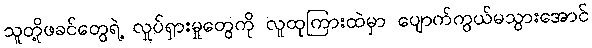
သူတို့ဖခင်တွေရဲ့ လှုပ်ရှားမှုတွေကို လူထုကြားထဲမှာ ပျောက်ကွယ်မသွားအောင်